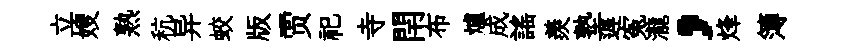
立嫂熟秔异蛟版贾祀寺閈布爐成謡羨塾遅寃瀧，烽簿